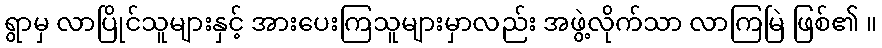
ရွာမှ လာပြိုင်သူများနှင့် အားပေးကြသူများမှာလည်း အဖွဲ့လိုက်သာ လာကြမြဲ ဖြစ်၏ ။